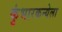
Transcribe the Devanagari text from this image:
कुंभारकन्येला